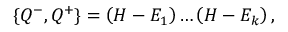
\{ Q ^ { - } , Q ^ { + } \} = \left( H - E _ { 1 } \right) \ldots \left( H - E _ { k } \right) ,